Medical and sanitary report of the native army of Madras for the year
Year: 1872
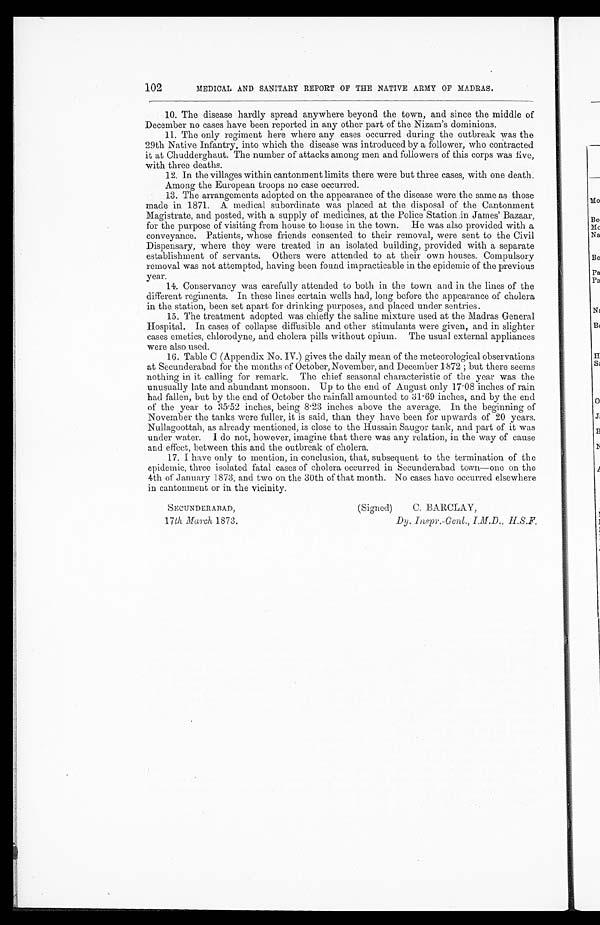
SECUNDERABAD,
17 th March 1873.
(Signed) C. BARCLAY,
Dy . I n s p r . - Ge n l . , I . M. D. , H. S . F .
102
MEDICAL AND SANITARY REPORT OF THE NATIVE ARMY OF MADRAS.
10. The disease hardly spread anywhere beyond the town, and since the middle of
December no cases have been reported in any other part of the Nizam's dominions.
11. The only regiment here where any cases occurred during the outbreak was the
29th Native Infantry, into which the disease was introduced by a follower, who contracted
it at Chudderghaut. The number of attacks among men and followers of this corps was five,
with three deaths.
12. In the villages within cantonment limits there were but three cases, with one death.
Among the European troops no case occurred.
13. The arrangements adopted on the appearance of the disease were the same as those
made in 1871. A medical subordinate was placed at the disposal of the Cantonment
Magistrate, and posted, with a supply of medicines, at the Police Station in James' Bazaar,
for the purpose of visiting from house to house in the town. He was also provided with a
conveyance. Patients, whose friends consented to their removal, were sent to the Civil.
Dispensary, where they were treated in an isolated building, provided with a separate
establishment of servants. Others were attended to at their own houses. Compulsory
removal was not attempted, having been found impracticable in the epidemic of the previous
year.
14. Conservancy was carefully attended to both in the town and in the lines of the
different regiments. In these lines certain wells had, long before the appearance of cholera
in the station, been set apart for drinking purposes, and placed under sentries.
15. The treatment adopted was chiefly the saline mixture used at the Madras General
Hospital. In cases of collapse diffusible and other stimulants were given, and in slighter
cases emetics, chlorodyne, and cholera pills without opium. The usual external appliances
were also used.
16. Table C (Appendix No. IV.) gives the daily mean of the meteorological observations
at Secunderabad for the months of October, November, and December 1872 ; but there seems
nothing in it calling for remark. The chief seasonal characteristic of the year was the
unusually late and abundant monsoon. Up to the end of August only 17.08 inches of rain
had fallen, but by the end of October the rainfall amounted to 31.69 inches, and by the end
of the year to 35.52 inches, being 8.23 inches above the average. In the beginning of
November the tanks were fuller, it is said, than they have been for upwards of 20 years.
Nullagoottah, as already mentioned, is close to the Hussain Saugor tank, and part of it was
under water. I do not, however, imagine that there was any relation, in the way of cause
and effect, between this and the outbreak of cholera.
17. I have only to mention, in conclusion, that, subsequent to the termination of the
epidemic, three isolated fatal cases of cholera occurred in Secunderabad town—one on the
4th of January 1873, and two on the 30th of that month. No cases have occurred elsewhere
in cantonment or in the vicinity.